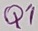
Text: Q1